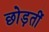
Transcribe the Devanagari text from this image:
छोड़तीं